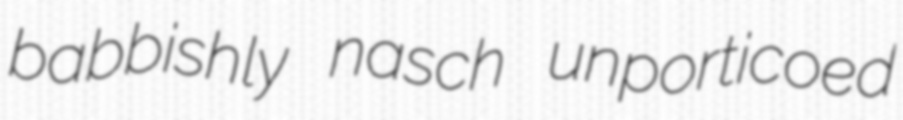
babbishly nasch unporticoed